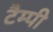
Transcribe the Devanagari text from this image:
टैम्पी